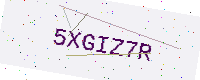
Text: 5XGIZ7R